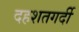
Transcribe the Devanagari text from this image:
दहशतगर्दी